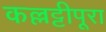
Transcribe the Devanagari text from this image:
कल्लट्टीपूरा